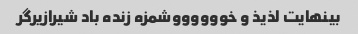
بینهایت لذیذ و خووووووشمزه زنده باد شیرازیرگر